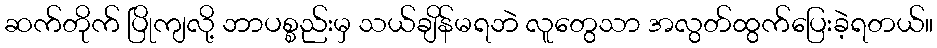
ဆက်တိုက် ပြိုကျလို့ ဘာပစ္စည်းမှ သယ်ချိန်မရဘဲ လူတွေသာ အလွတ်ထွက်ပြေးခဲ့ရတယ်။